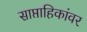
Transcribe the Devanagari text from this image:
साप्ताहिकांवर